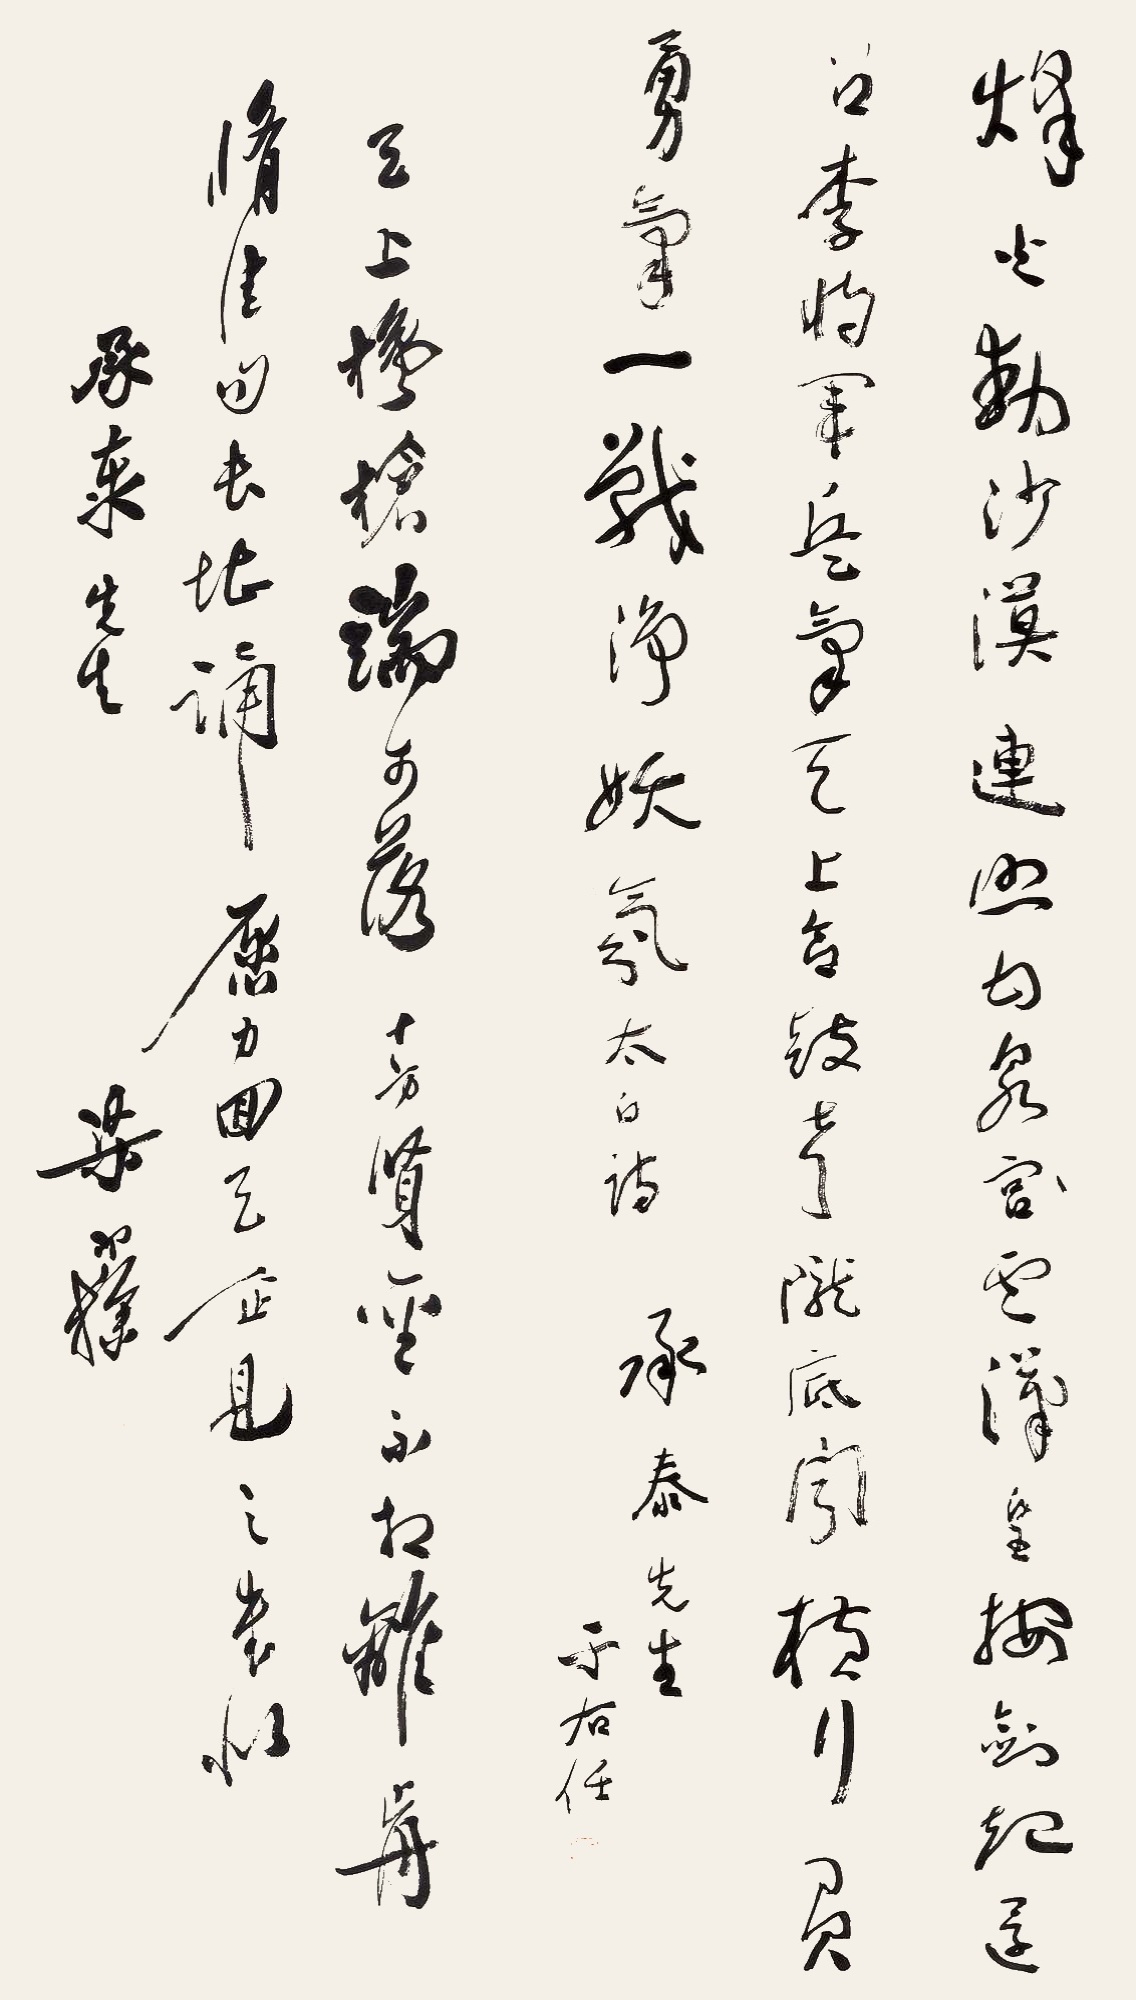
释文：烽火动沙漠，连照甘泉云。汉皇按剑起，还召李将军。兵气天上合，鼓声陇底闻。横行负勇气，一战净妖氛。太白诗。承泰先生，于右任。承泰先生，于右任。天上欃枪端可落，十方贤圣不相离……书似承泰先生，梁寒操。